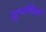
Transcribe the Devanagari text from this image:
सुभाषिताचे